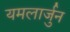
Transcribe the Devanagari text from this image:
यमलार्जुन